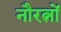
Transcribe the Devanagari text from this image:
नौरत्नों